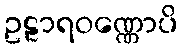
ဥဠာရဝဏ္ဏောပိ